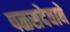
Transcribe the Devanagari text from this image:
पळसदेवाचे